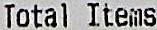
TOTAL ITEMS